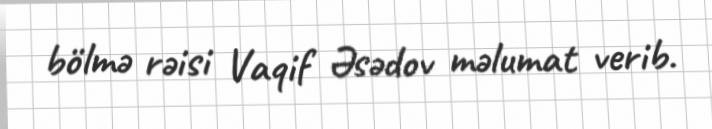
bölmə rəisi Vaqif Əsədov məlumat verib.